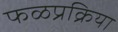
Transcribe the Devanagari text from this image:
फळप्रक्रिया